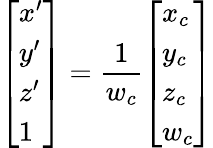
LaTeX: {\left[\begin{array}{l}{x^{\prime}}\\ {y^{\prime}}\\ {z^{\prime}}\\ {1}\end{array}\right]}={\frac{1}{w_{c}}}{\left[\begin{array}{l}{x_{c}}\\ {y_{c}}\\ {z_{c}}\\ {w_{c}}\end{array}\right]}